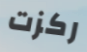
ركزت